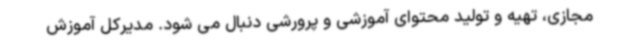
مجازی، تهیه و تولید محتوای آموزشی و پرورشی دنبال می شود. مدیرکل آموزش